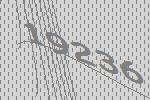
19236